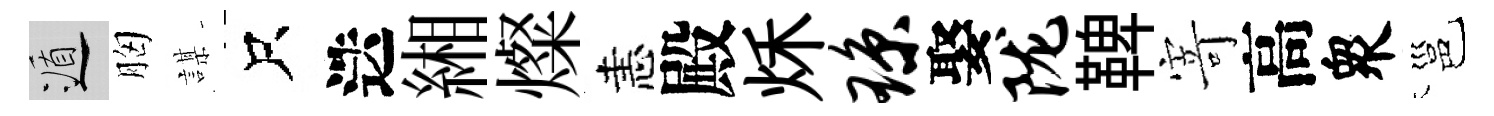
遁胸謀只迭緗燦恚殿秌琼娶陇鞞𭔃高衆邕